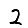
Digit: 2